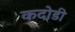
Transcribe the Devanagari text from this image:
कदोडी